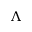
\Lambda